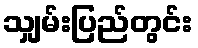
သျှမ်းပြည်တွင်း